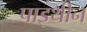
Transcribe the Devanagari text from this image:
पाइथीन